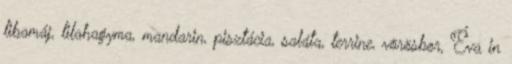
libamáj, lilahagyma, mandarin, pisztácia, saláta, terrine, vörösbor, Éva in